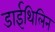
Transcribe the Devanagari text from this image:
डाईथिलिन